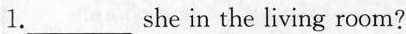
1. ___ she in the living room?